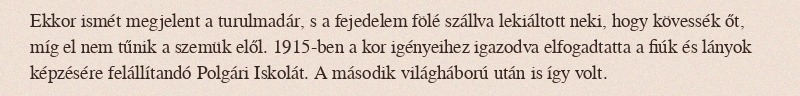
Ekkor ismét megjelent a turulmadár, s a fejedelem fölé szállva lekiáltott neki, hogy kövessék őt, míg el nem tűnik a szemük elől. 1915-ben a kor igényeihez igazodva elfogadtatta a fiúk és lányok képzésére felállítandó Polgári Iskolát. A második világháború után is így volt.